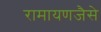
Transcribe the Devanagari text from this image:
रामायणजैसे